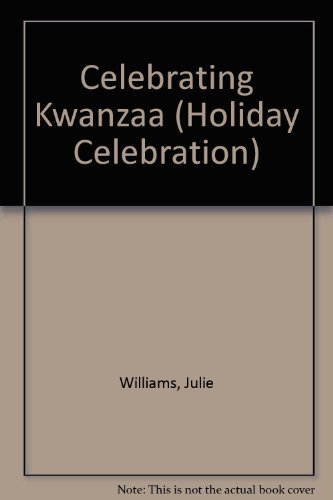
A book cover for Celebrating Kwanzaa (Holiday Celebration); Julie Williams; Children's Books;